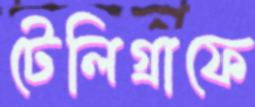
টেলিগ্রাফে